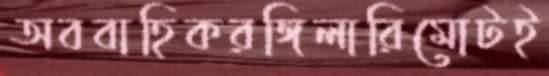
অববাহিকরঙ্গিলারিমোটই